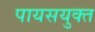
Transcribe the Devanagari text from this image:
पायसयुक्त